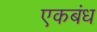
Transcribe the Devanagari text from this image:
एकबंध